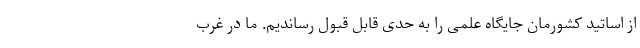
از اساتید کشورمان جایگاه علمی را به حدی قابل قبول رساندیم. ما در غرب